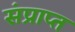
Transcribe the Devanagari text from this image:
संप्राप्त